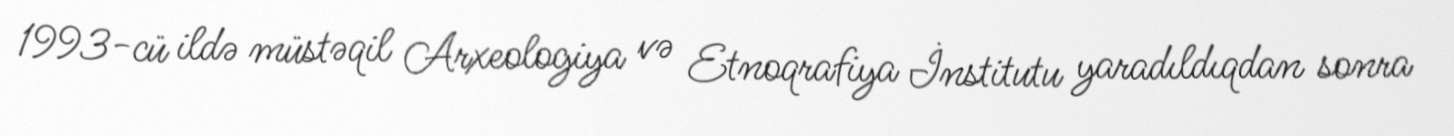
1993-cü ildə müstəqil Arxeologiya və Etnoqrafiya İnstitutu yaradıldıqdan sonra